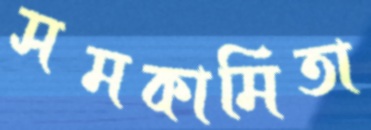
সমকামিতা